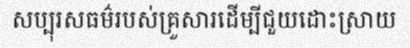
សប្បុរសធម៌របស់គ្រួសារដើម្បីជួយដោះស្រាយ